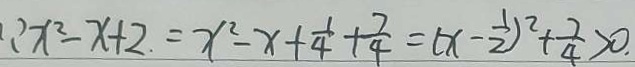
\because x ^ { 2 } - x + 2 = x ^ { 2 } - x + \frac { 1 } { 4 } + \frac { 7 } { 4 } = ( x - \frac { 1 } { 2 } ) ^ { 2 } + \frac { 7 } { 4 } > 0 .